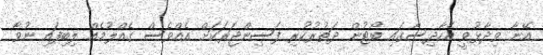
އޭނާ ވިދާޅުވީ އެހާދިސާގައި ބޯޓުން ދަތުރުކުރި ފަސިންޖަރަކަށް އެއްވެސް ގެއްލުމެއް ލިބިފައި ނުވާ